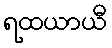
ရထယာယီ